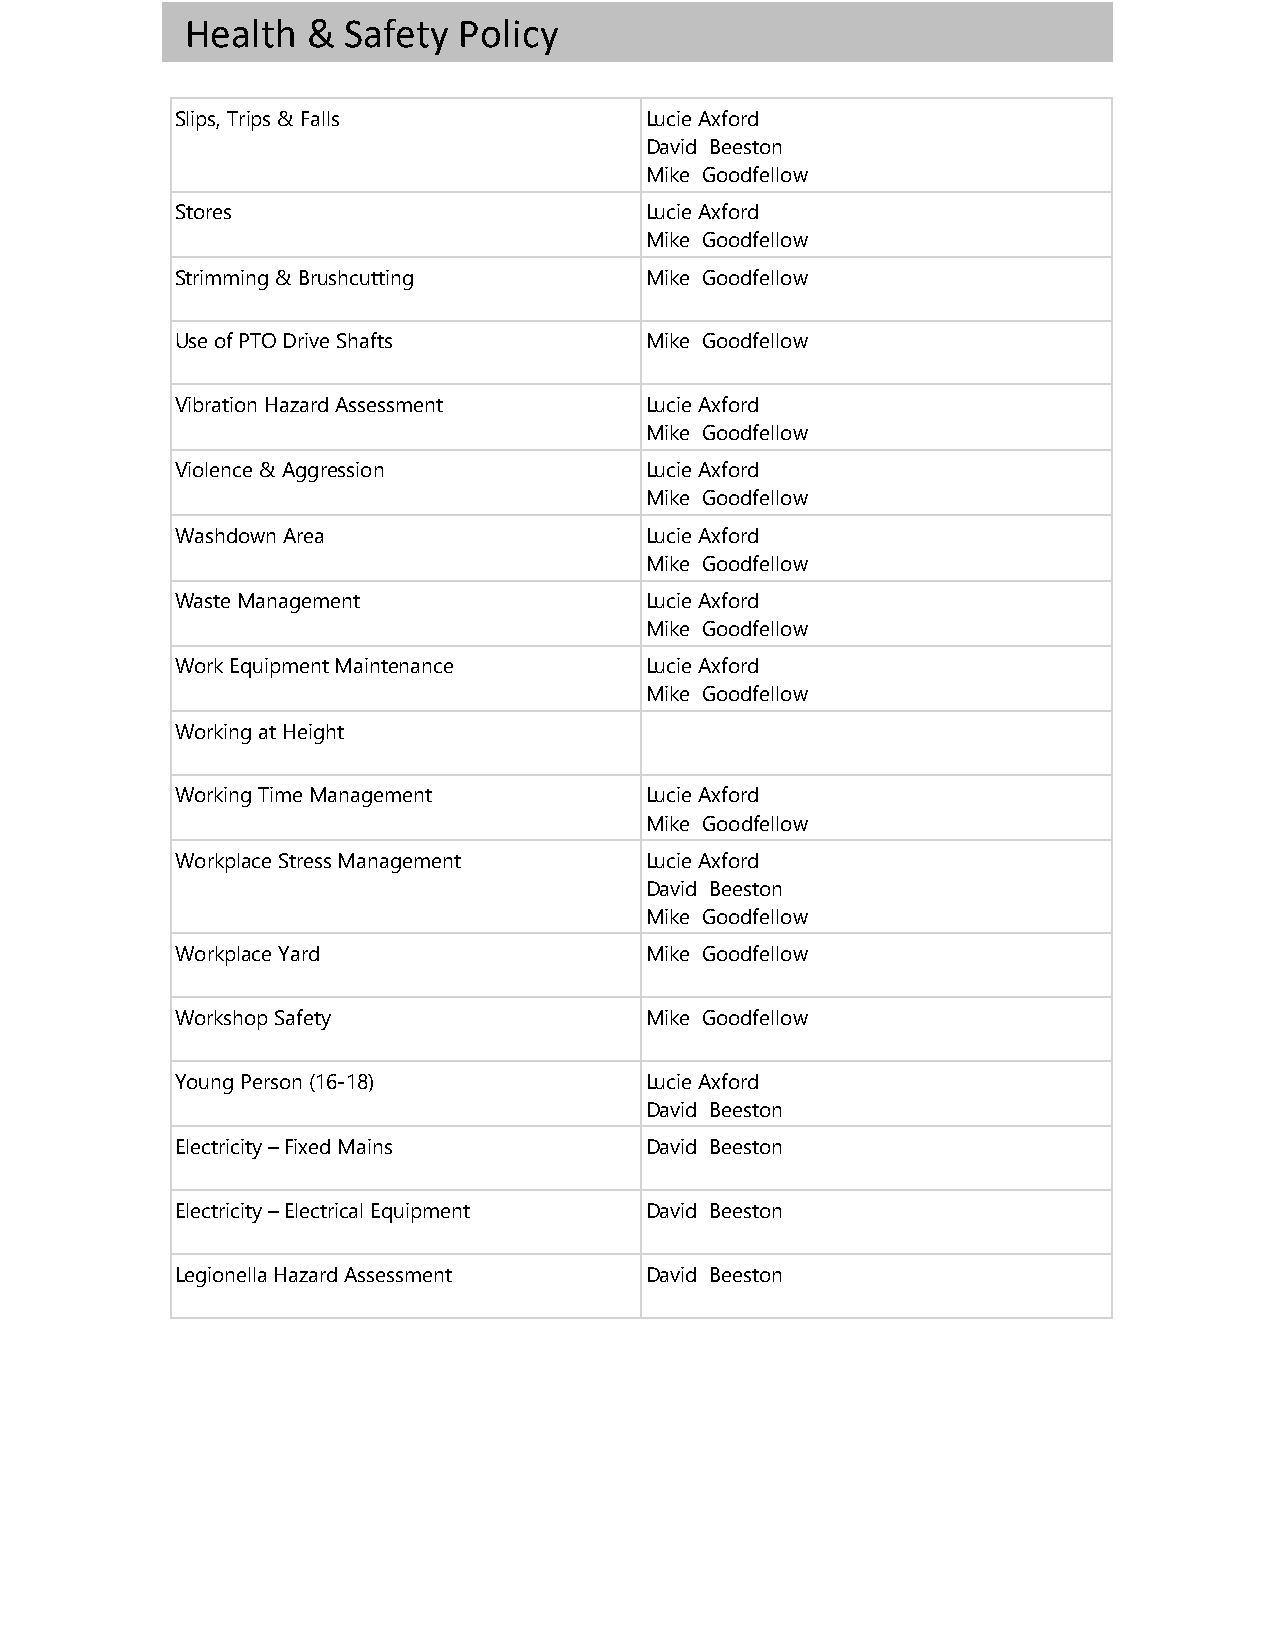
Health  &  Safety Policy
 Slips, Trips & Falls           Lucie Axford
 David Beeston
 Mike Goodfellow
 Stores                         Lucie Axford
 Mike Goodfellow
 Strimming & Brushcutting       Mike Goodfellow
 Use of PTO Drive Shafts        Mike Goodfellow
 Vibration Hazard Assessment    Lucie Axford
 Mike Goodfellow
 Violence & Aggression          Lucie Axford
 Mike Goodfellow
 Washdown Area                  Lucie Axford
 Mike Goodfellow
 Waste Management               Lucie Axford
 Mike Goodfellow
 Work Equipment Maintenance     Lucie Axford
 Mike Goodfellow
 Working at Height
 Working Time Management        Lucie Axford
 Mike Goodfellow
 Workplace Stress Management    Lucie Axford
 David Beeston
 Mike Goodfellow
 Workplace Yard                 Mike Goodfellow
 Workshop Safety                Mike Goodfellow
 Young Person (16-18)           Lucie Axford
 David Beeston
 Electricity – Fixed Mains      David Beeston
 Electricity – Electrical Equipment David Beeston
 Legionella Hazard Assessment   David Beeston